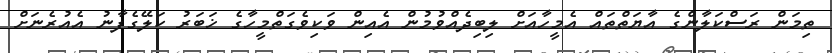
ތިމަން ރަސްކަލާންގެ އާޔަތްތައް އެމީހާއަށް ލިބިދެއްވުމުން އެއިން ވަކިވެގަތްމީހާގެ ޚަބަރު ކަލޭގެފާނު އެއުރެނަށް